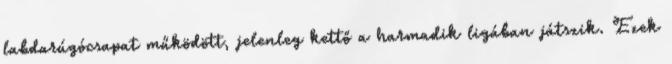
labdarúgócsapat működött, jelenleg kettő a harmadik ligában játszik. Ezek